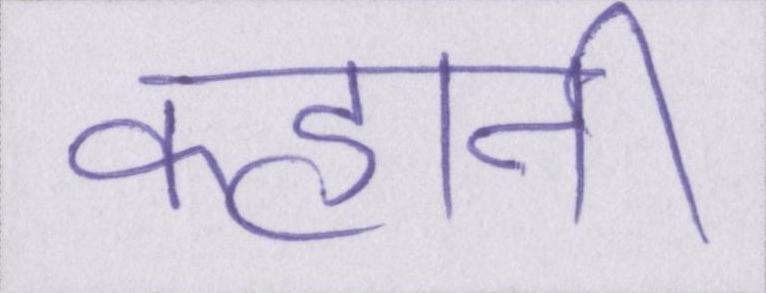
कहानी